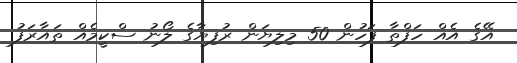
އޭގެ އެއް ހަފްތާ ފަހުން 50 މިލިޔަން ރުފިޔާގެ ލޯނު ސްކީމެއް ތައާރަފު